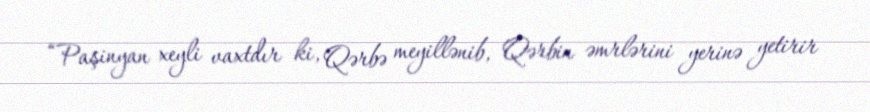
“Paşinyan xeyli vaxtdır ki, Qərbə meyillənib, Qərbin əmrlərini yerinə yetirir